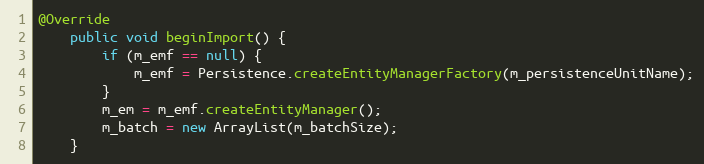
Language: Java
@Override
    public void beginImport() {
        if (m_emf == null) {
            m_emf = Persistence.createEntityManagerFactory(m_persistenceUnitName);
        }
        m_em = m_emf.createEntityManager();
        m_batch = new ArrayList(m_batchSize);
    }